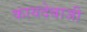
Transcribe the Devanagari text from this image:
कायदेबाजी